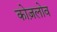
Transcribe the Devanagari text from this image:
कोज़लोव